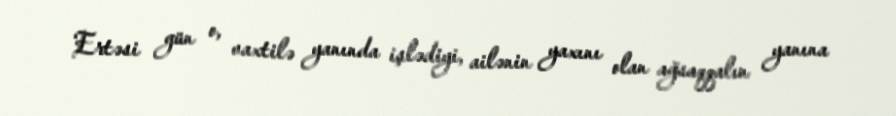
Ertəsi gün o, vaxtilə yanında işlədiyi, ailənin yaxını olan ağsaqqalın yanına